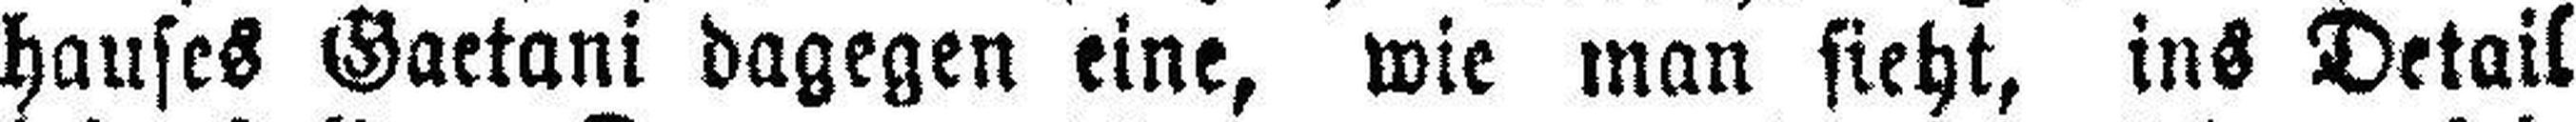
hauses Gaetani dagegen eine, wie man sieht, ins Detail